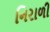
નિરાળી